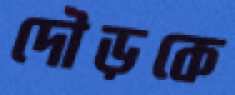
দৌড়কে